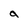
Character: a